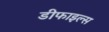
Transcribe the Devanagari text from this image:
डीफाइल्स